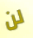
لن